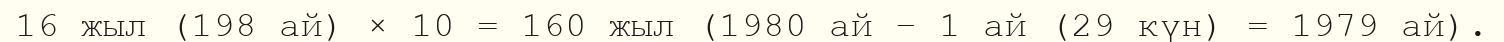
16 жыл (198 ай) × 10 = 160 жыл (1980 ай – 1 ай (29 күн) = 1979 ай).